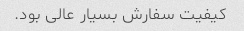
کیفیت سفارش بسیار عالی بود.